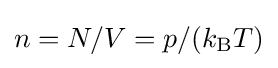
n=N/V=p/(k_{\text{B}}T)